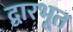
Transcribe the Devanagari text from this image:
द्वारभूत